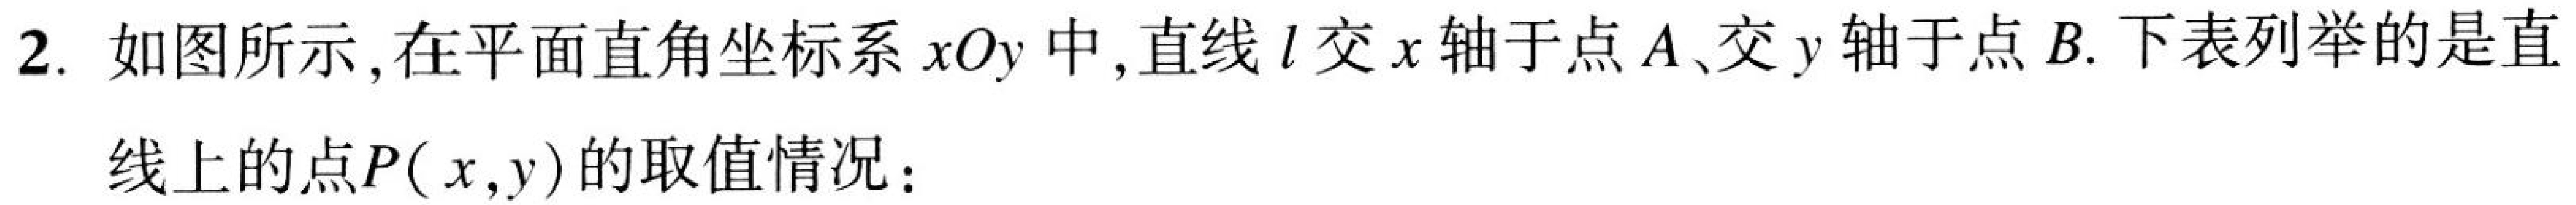
2. 如图所示,在平面直角坐标系\(xOy\)中,直线\(l\)交\(x\)轴于点\(A\)、交\(y\)轴于点\(B\). 下表列举的是直
线上的点\(P(x,y)\)的取值情况：